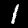
Digit: 1